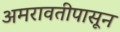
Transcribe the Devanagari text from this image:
अमरावतीपासून